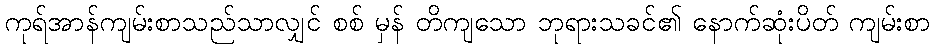
ကုရ်အာန်ကျမ်းစာသည်သာလျှင် စစ် မှန် တိကျသော ဘုရားသခင်၏ နောက်ဆုံးပိတ် ကျမ်းစာ